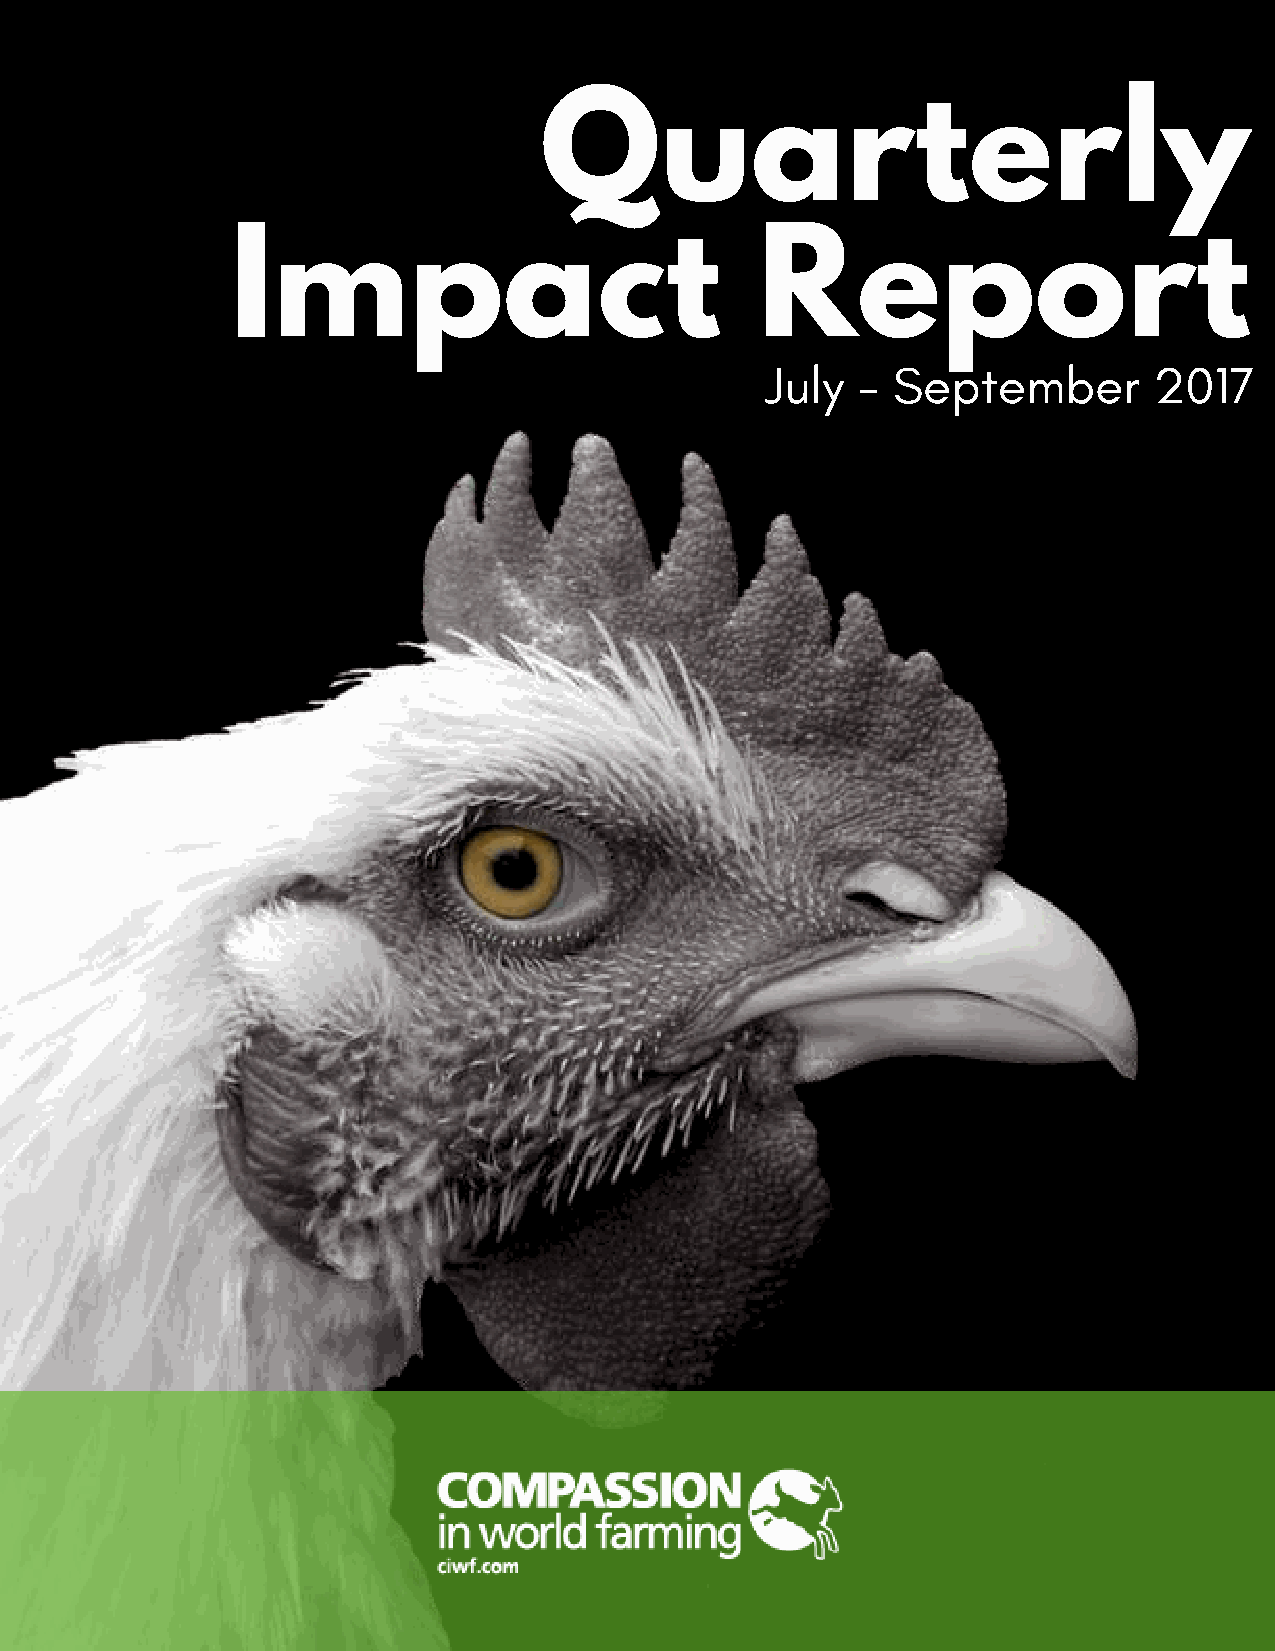
Quarterly
 Impact                             Report
 July  - September        2017